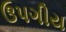
ઉપગીય